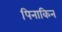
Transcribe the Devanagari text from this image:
पिनाकिन